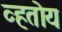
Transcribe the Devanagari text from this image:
व्हतोय